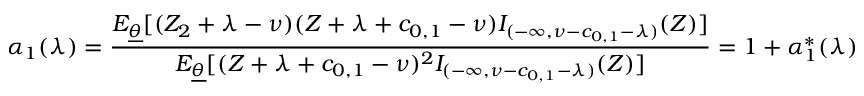
\alpha _ { 1 } ( \lambda ) = \frac { E _ { \underline { { \theta } } } [ ( Z _ { 2 } + \lambda - \nu ) ( Z + \lambda + c _ { 0 , 1 } - \nu ) I _ { ( - \infty , \nu - c _ { 0 , 1 } - \lambda ) } ( Z ) ] } { E _ { \underline { { \theta } } } [ ( Z + \lambda + c _ { 0 , 1 } - \nu ) ^ { 2 } I _ { ( - \infty , \nu - c _ { 0 , 1 } - \lambda ) } ( Z ) ] } = 1 + \alpha _ { 1 } ^ { * } ( \lambda )